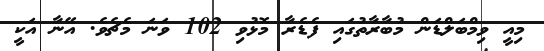
މިއީ ވިމްބަލްޑަން މުބާރާތުގައި ފެޑެރާ މޮޅުވި 102 ވަނަ މެޗެވެ. އޭނާ އަަކީ